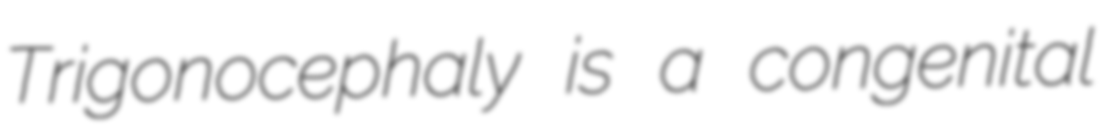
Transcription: Trigonocephaly is a congenital